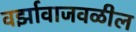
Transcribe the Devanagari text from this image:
वर्झावाजवळील